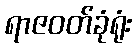
ရာဇဝတ်ခုံရုံး